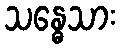
သန္ဓေသား